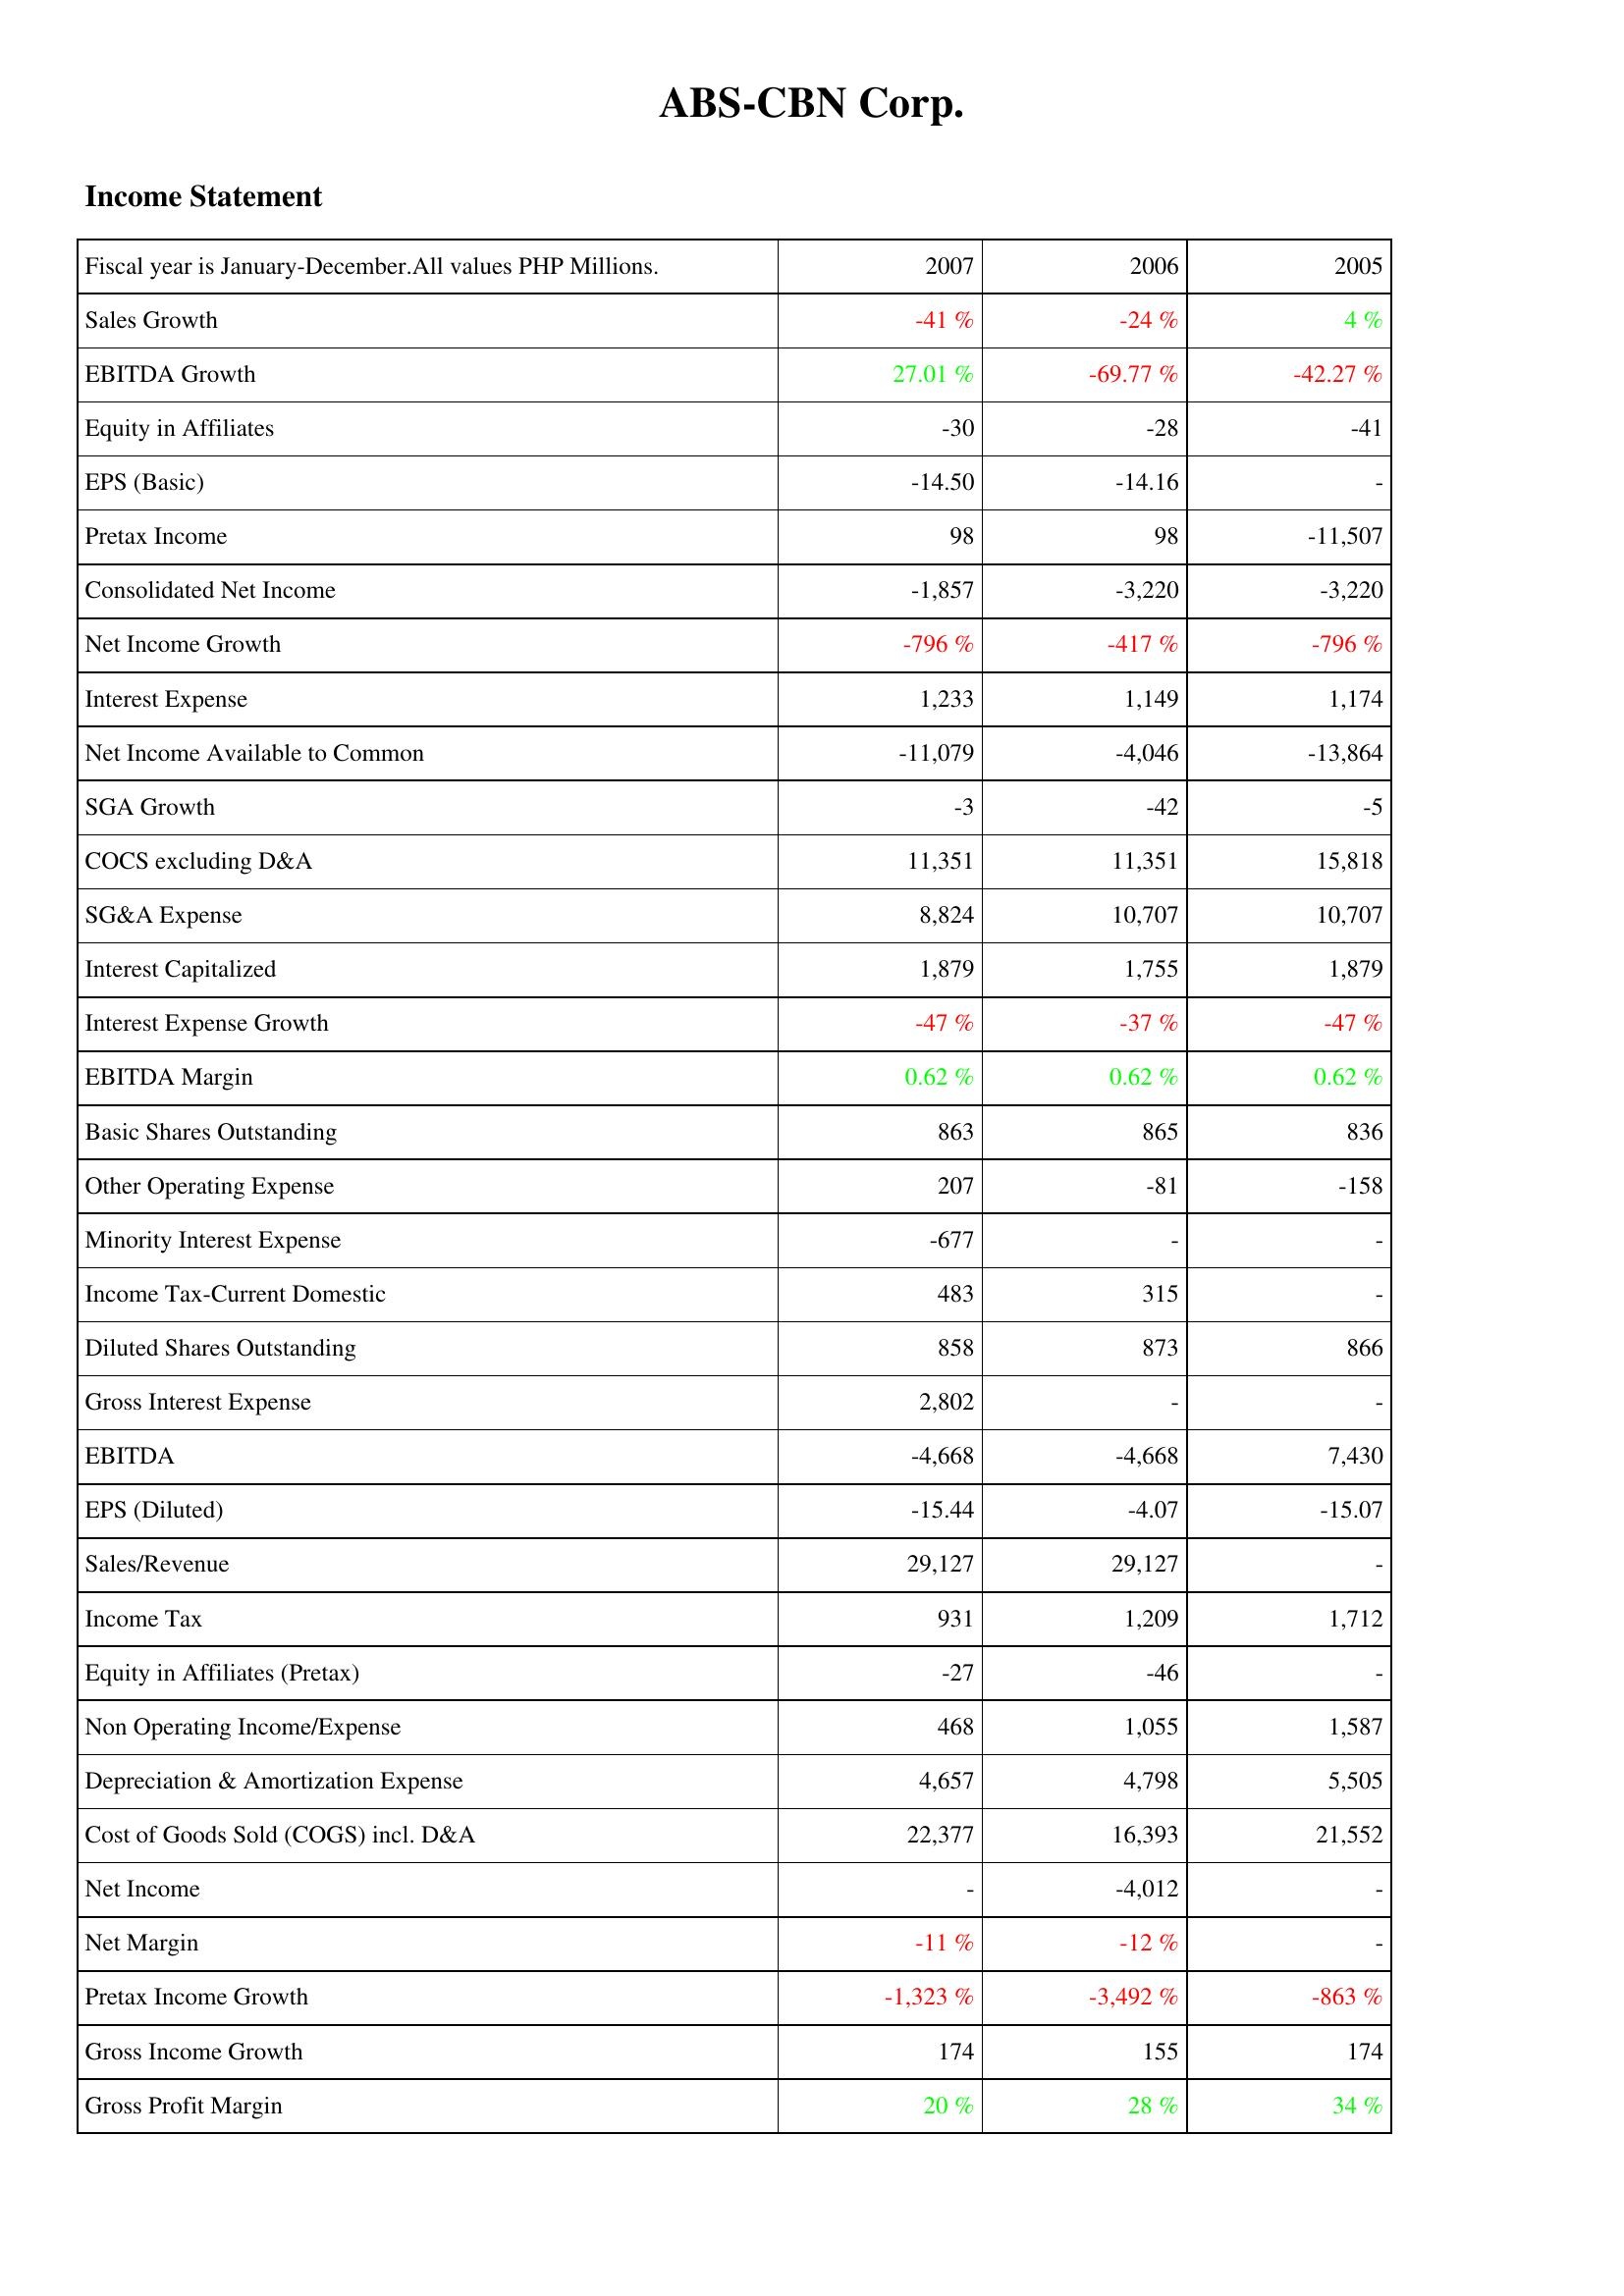
2007: Income Statement: Sales Growth: -41 %
EBITDA Growth: 27.01 %
Equity in Affiliates: -30
EPS (Basic): -14.50
Pretax Income: 98
Consolidated Net Income: -1,857
Net Income Growth: -796 %
Interest Expense: 1,233
Net Income Available to Common: -11,079
SGA Growth: -3
COCS excluding D&A: 11,351
SG&A Expense: 8,824
Interest Capitalized: 1,879
Interest Expense Growth: -47 %
EBITDA Margin: 0.62 %
Basic Shares Outstanding: 863
Other Operating Expense: 207
Minority Interest Expense: -677
Income Tax-Current Domestic: 483
Diluted Shares Outstanding: 858
Gross Interest Expense: 2,802
EBITDA: -4,668
EPS (Diluted): -15.44
Sales/Revenue: 29,127
Income Tax: 931
Equity in Affiliates (Pretax): -27
Non Operating Income/Expense: 468
Depreciation & Amortization Expense: 4,657
Cost of Goods Sold (COGS) incl. D&A: 22,377
Net Income: -
Net Margin: -11 %
Pretax Income Growth: -1,323 %
Gross Income Growth: 174
Gross Profit Margin: 20 %
2006: Income Statement: Sales Growth: -24 %
EBITDA Growth: -69.77 %
Equity in Affiliates: -28
EPS (Basic): -14.16
Pretax Income: 98
Consolidated Net Income: -3,220
Net Income Growth: -417 %
Interest Expense: 1,149
Net Income Available to Common: -4,046
SGA Growth: -42
COCS excluding D&A: 11,351
SG&A Expense: 10,707
Interest Capitalized: 1,755
Interest Expense Growth: -37 %
EBITDA Margin: 0.62 %
Basic Shares Outstanding: 865
Other Operating Expense: -81
Minority Interest Expense: -
Income Tax-Current Domestic: 315
Diluted Shares Outstanding: 873
Gross Interest Expense: -
EBITDA: -4,668
EPS (Diluted): -4.07
Sales/Revenue: 29,127
Income Tax: 1,209
Equity in Affiliates (Pretax): -46
Non Operating Income/Expense: 1,055
Depreciation & Amortization Expense: 4,798
Cost of Goods Sold (COGS) incl. D&A: 16,393
Net Income: -4,012
Net Margin: -12 %
Pretax Income Growth: -3,492 %
Gross Income Growth: 155
Gross Profit Margin: 28 %
2005: Income Statement: Sales Growth: 4 %
EBITDA Growth: -42.27 %
Equity in Affiliates: -41
EPS (Basic): -
Pretax Income: -11,507
Consolidated Net Income: -3,220
Net Income Growth: -796 %
Interest Expense: 1,174
Net Income Available to Common: -13,864
SGA Growth: -5
COCS excluding D&A: 15,818
SG&A Expense: 10,707
Interest Capitalized: 1,879
Interest Expense Growth: -47 %
EBITDA Margin: 0.62 %
Basic Shares Outstanding: 836
Other Operating Expense: -158
Minority Interest Expense: -
Income Tax-Current Domestic: -
Diluted Shares Outstanding: 866
Gross Interest Expense: -
EBITDA: 7,430
EPS (Diluted): -15.07
Sales/Revenue: -
Income Tax: 1,712
Equity in Affiliates (Pretax): -
Non Operating Income/Expense: 1,587
Depreciation & Amortization Expense: 5,505
Cost of Goods Sold (COGS) incl. D&A: 21,552
Net Income: -
Net Margin: -
Pretax Income Growth: -863 %
Gross Income Growth: 174
Gross Profit Margin: 34 %